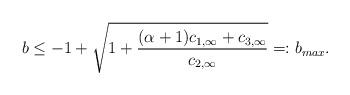
LaTeX: \begin{align*}b \leq -1 + \sqrt{1 + \frac{(\alpha+1)c_{1,\infty} + c_{3,\infty}}{c_{2,\infty}}} =: b_{max}.\end{align*}